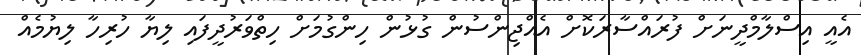
އެއީ އިސްލާމްދީނަށް ފުރައްސާރަކޮށް އެއްޖިންސުން ގުޅުން ހިންގުމަށް ހިތްވަރުދީފައި ލިޔާ ހުރިހާ ލިޔުމެއް